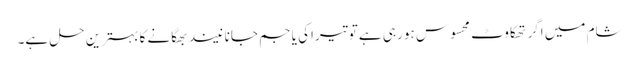
شام میں اگر تھکاوٹ محسوس ہو رہی ہے تو تیراکی یا جم جانا نیند بھگانے کا بہترین حل ہے۔